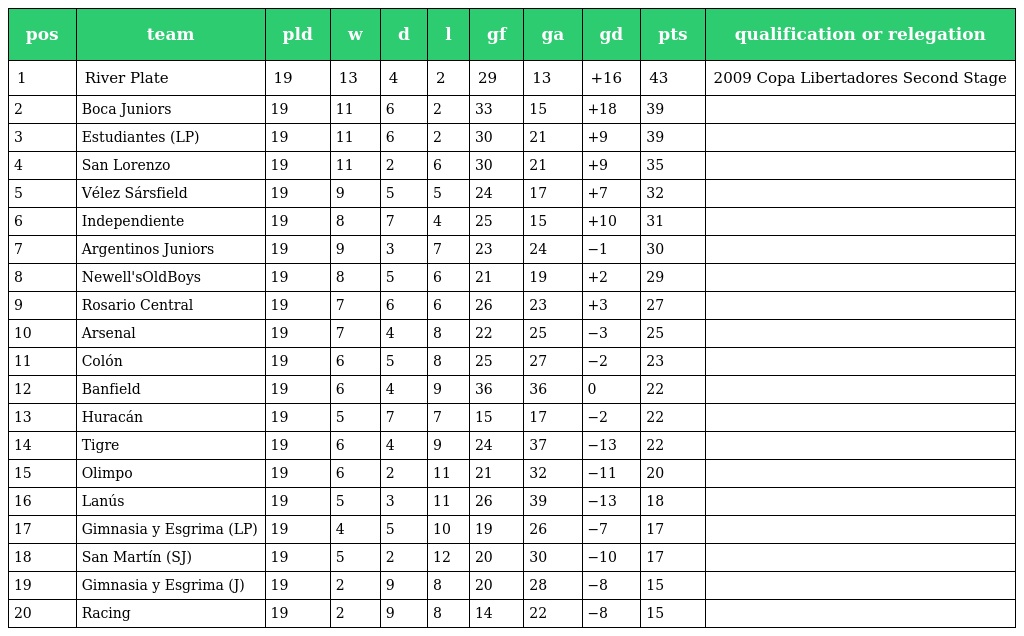
| pos | team | pld | w | d | l | gf | ga | gd | pts | qualification or relegation |
 | --- | --- | --- | --- | --- | --- | --- | --- | --- | --- | --- |
 | 1 | River Plate | 19 | 13 | 4 | 2 | 29 | 13 | +16 | 43 | 2009 Copa Libertadores Second Stage |
 | 2 | Boca Juniors | 19 | 11 | 6 | 2 | 33 | 15 | +18 | 39 |  |
 | 3 | Estudiantes (LP) | 19 | 11 | 6 | 2 | 30 | 21 | +9 | 39 |  |
 | 4 | San Lorenzo | 19 | 11 | 2 | 6 | 30 | 21 | +9 | 35 |  |
 | 5 | Vélez Sársfield | 19 | 9 | 5 | 5 | 24 | 17 | +7 | 32 |  |
 | 6 | Independiente | 19 | 8 | 7 | 4 | 25 | 15 | +10 | 31 |  |
 | 7 | Argentinos Juniors | 19 | 9 | 3 | 7 | 23 | 24 | −1 | 30 |  |
 | 8 | Newell'sOldBoys | 19 | 8 | 5 | 6 | 21 | 19 | +2 | 29 |  |
 | 9 | Rosario Central | 19 | 7 | 6 | 6 | 26 | 23 | +3 | 27 |  |
 | 10 | Arsenal | 19 | 7 | 4 | 8 | 22 | 25 | −3 | 25 |  |
 | 11 | Colón | 19 | 6 | 5 | 8 | 25 | 27 | −2 | 23 |  |
 | 12 | Banfield | 19 | 6 | 4 | 9 | 36 | 36 | 0 | 22 |  |
 | 13 | Huracán | 19 | 5 | 7 | 7 | 15 | 17 | −2 | 22 |  |
 | 14 | Tigre | 19 | 6 | 4 | 9 | 24 | 37 | −13 | 22 |  |
 | 15 | Olimpo | 19 | 6 | 2 | 11 | 21 | 32 | −11 | 20 |  |
 | 16 | Lanús | 19 | 5 | 3 | 11 | 26 | 39 | −13 | 18 |  |
 | 17 | Gimnasia y Esgrima (LP) | 19 | 4 | 5 | 10 | 19 | 26 | −7 | 17 |  |
 | 18 | San Martín (SJ) | 19 | 5 | 2 | 12 | 20 | 30 | −10 | 17 |  |
 | 19 | Gimnasia y Esgrima (J) | 19 | 2 | 9 | 8 | 20 | 28 | −8 | 15 |  |
 | 20 | Racing | 19 | 2 | 9 | 8 | 14 | 22 | −8 | 15 |  |